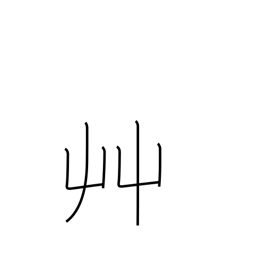
Meaning: grass radical (no. 140)